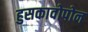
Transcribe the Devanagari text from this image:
हुसकावोपोन